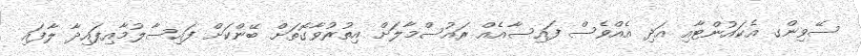
ސޭވިންގ އެކައުންޓާއި އަދި އެއްވެސް ފައިސާއެއް ރައުސްމާލަށް އިތުރުވާގޮތަށް ބޭންކަށް ފައިސާލުމާއިފައިދާ ލާފައި